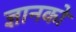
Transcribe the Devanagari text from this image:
ज्ञानको